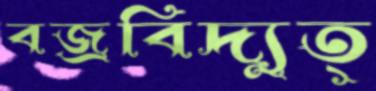
বজ্রবিদ্যুত্